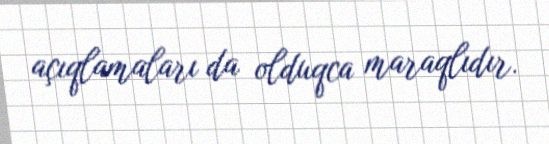
açıqlamaları da olduqca maraqlıdır.